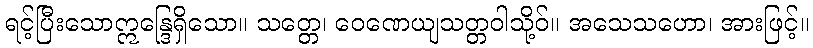
ရင့်ပြီးသောဣန္ဒြေရှိသော။ သတ္တေ၊ ဝေဏေယျသတ္တဝါသို့ဝ်။ အသေသဟော၊ အားဖြင့်။